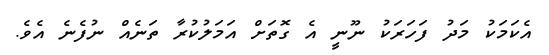
އެކަމަކު މަދު ފަހަރަކު ނޫނީ އެ ގޮތަށް އަމަލުކުރާ ތަނެއް ނުފެނެ އެވެ.